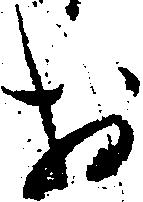
於